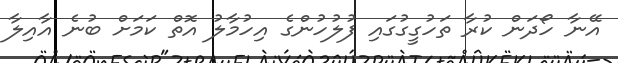
އޭނާ ހޯދަން ކުރާ ތަހުގީގުގައި ފުލުހުންގެ އިހުމާލު އޮތް ކަމަށް ބުނެ އާއިލާ